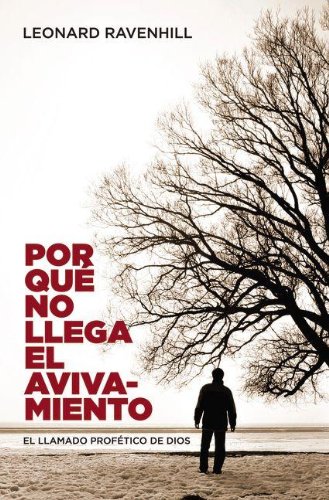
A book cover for Por quÃ© no llega el avivamiento: El llamado profÃ©tico de Dios (Spanish Edition); A.W Tozer; Religion & Spirituality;